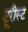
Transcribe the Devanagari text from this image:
टूरीस्ट